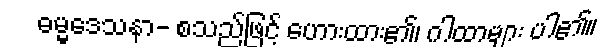
ဓမ္မဒေသနာ- စသည်ဖြင့် ဟေားထား၏၊ ဂါထာများ ပါ၏။